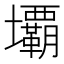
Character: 𭐏